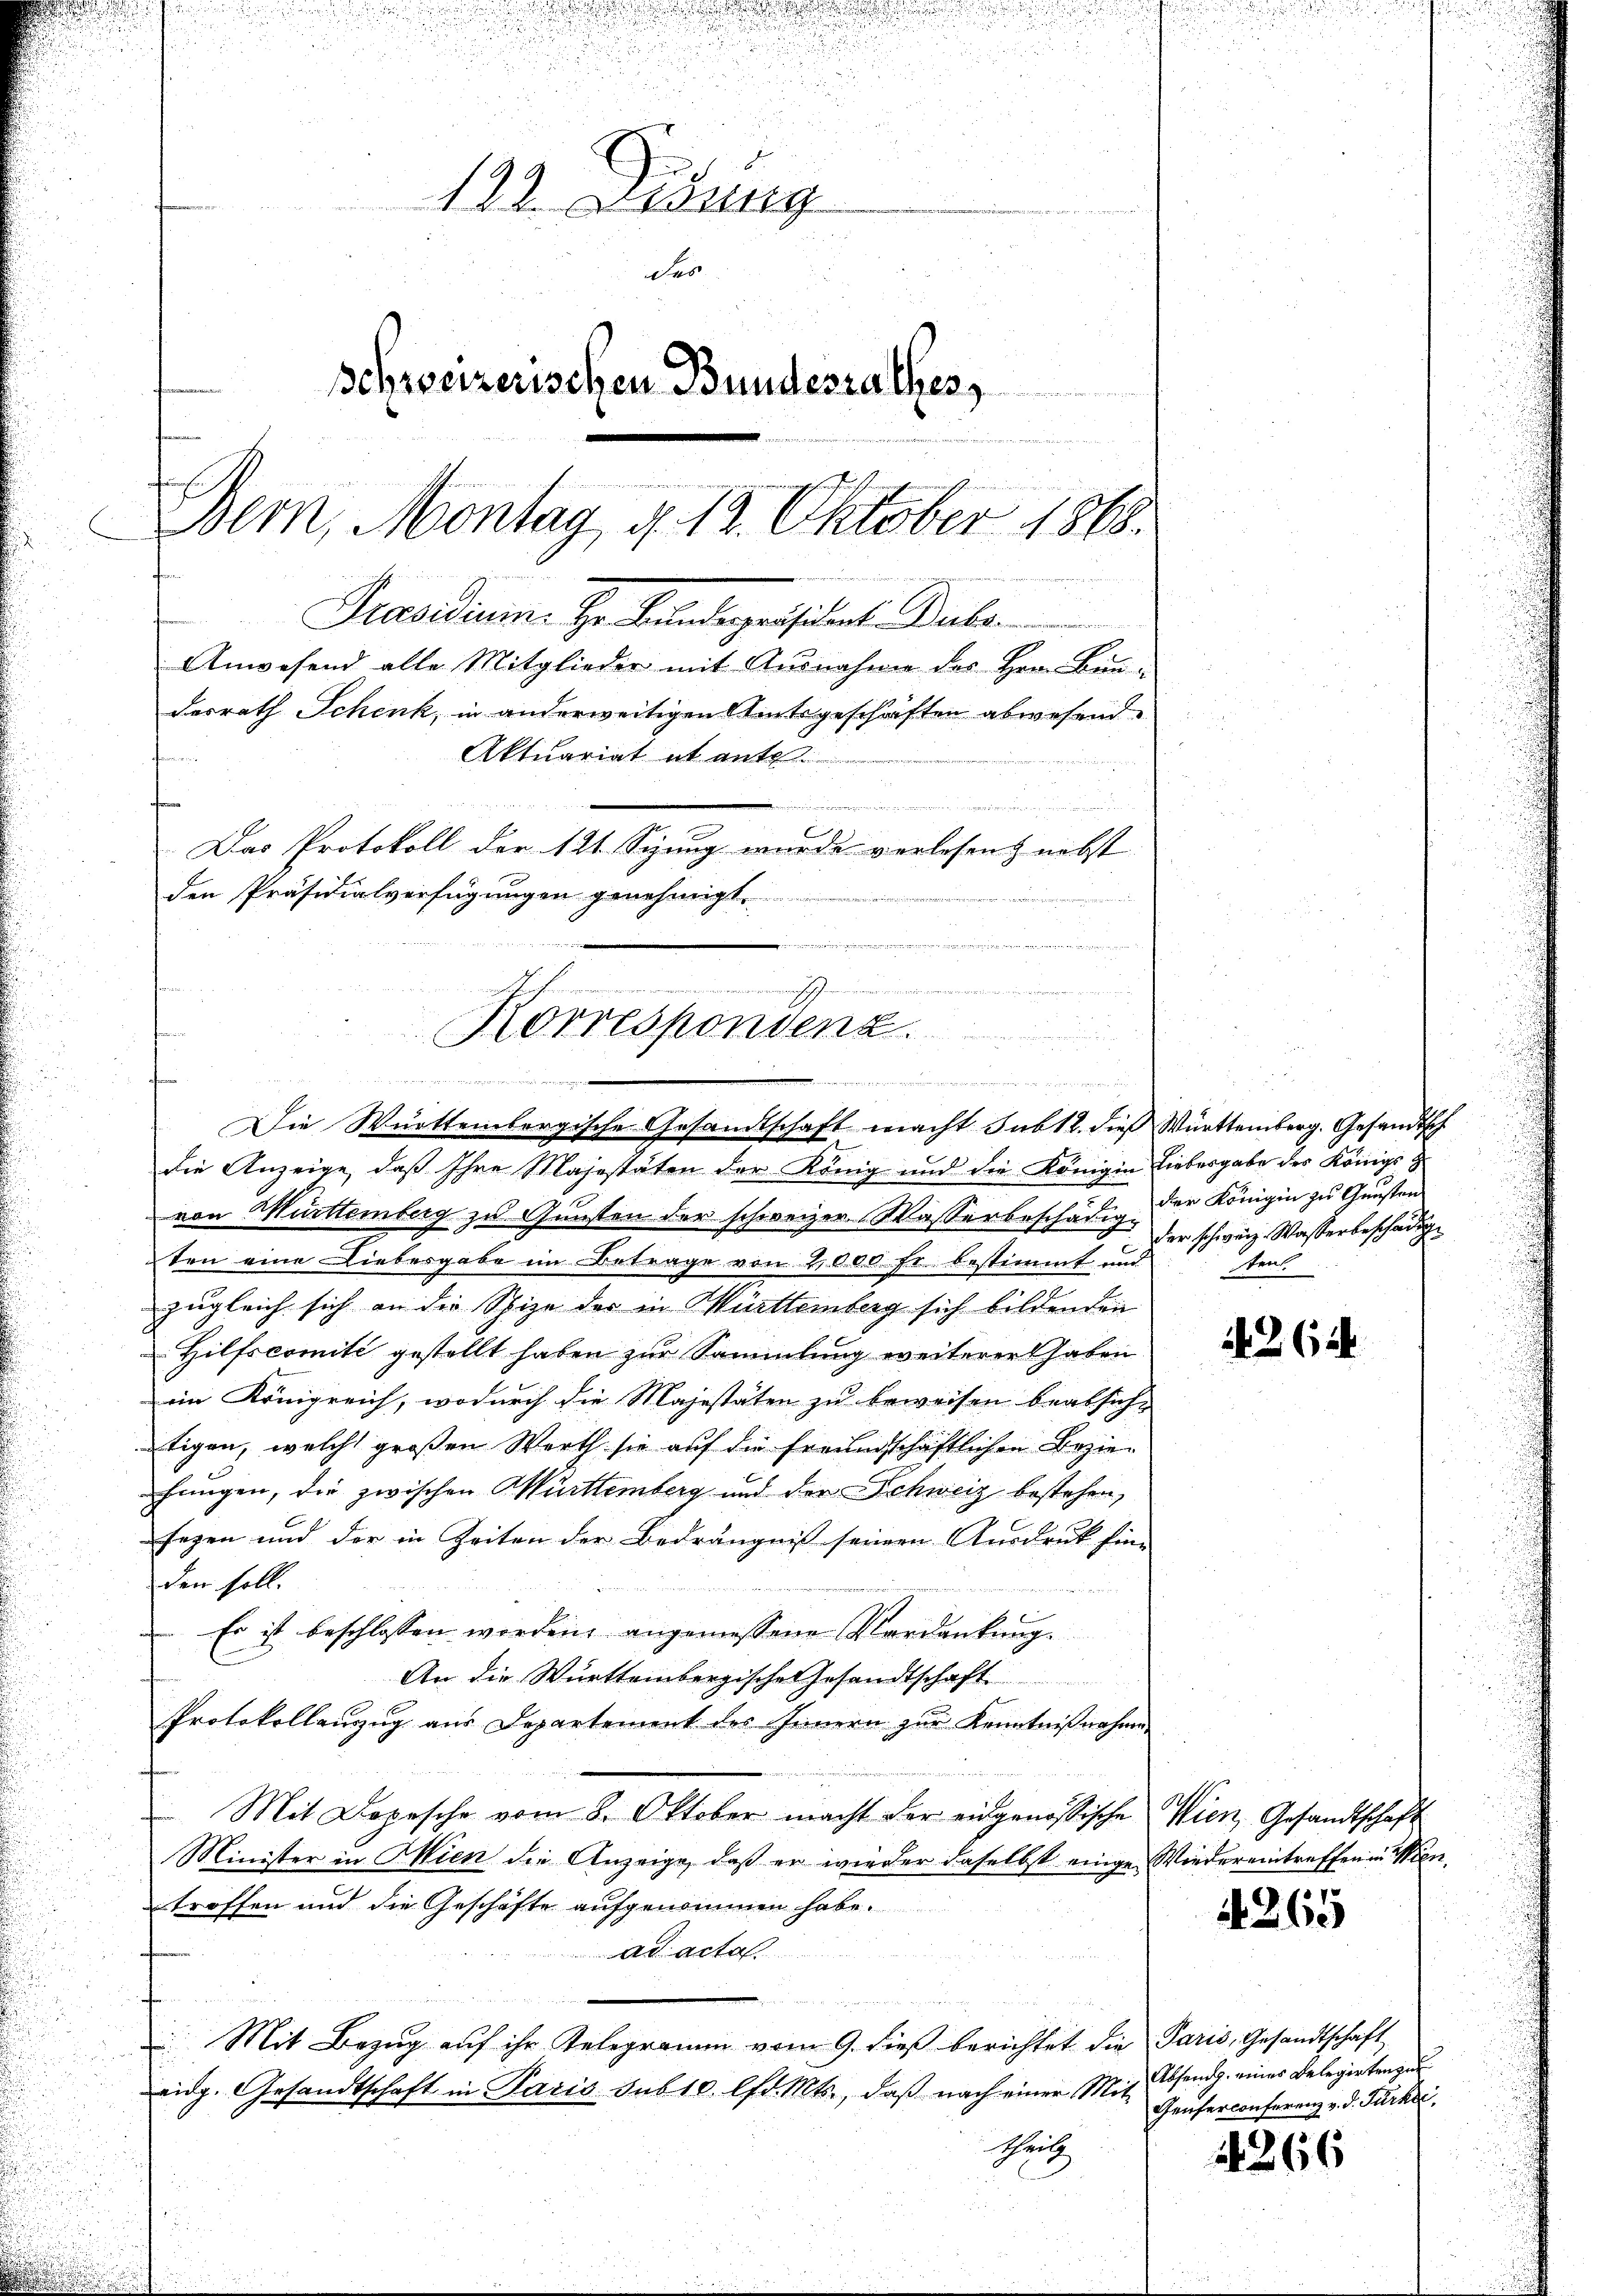
d
u
122. Ordung
d
schweizerischen Bundesrathes,
Bem, Montag, d. 12. Oktober 1868.
Präsidium. Hr. Kandespräsident. Dubo
Anwesend alle Mitglieder mit Ausnahme des Hrn. Bau-
desrath Schenk, in anderweitigen Amtsgeschäften abwesend.
Aktuariat et ant
e
Das Protokoll der 121. Sizung wurde verlesen, nebst |
den Präsidialverfügungen genehmigt.

wie den einen
iiter
Korrespondenz.
 einen nannte einer

Die Württembergische Gesandtschaft macht sub 12. dieß Württemberg. Gesandtsch

die Anzeige, daß Ihre Majestäten der König und die Kom-
von Murttemberg zu Gunsten der schweizer. Wasserbeschädige der schweiz. Wasserbeschädig
ten eine Liebesgabe im Betrage von 1000 fr bestimmt und
zugleich sich an die Schize der in Württemberg sich bildenden
Hilfscomité gestellt haben zur Sammlung weiterer haben
im Königreich, wodurch die Majestäten zu beweisen beabsich,
tigen, welche großen Werth sie auf die freundschaftlichen Beziehungen, die zwischen Württemberg und der Schweiz bestehen,
sagen und der in Zeiten der Bedrängniß seinen Ausdruck hin-
den soll.

 Es ist beschlossen worden, angemessene Verdankung.
An die Württembergische Gesandtschaft
Protokollanzug aus Departement des Innern zur Kenntnißnahme
Mit Depesche vom 8. Oktober macht der eingenössische Wien, Gesandtschaft
Minister in Wien die Anzeige, daß er wieder daselbst einge Wiedereintreffen in Wientroffen und die Geschäfte aufgenommen habe.
ad acto
 Mit Bezug auf ihr Telegramm vom 9. dieβ berichtet die Paris, Gesandtschaft
eidg. Gesandtschaft in Paris sub 10. lfd. Mts., daβ nach einer Mit-
Gitz

ein Liebesgabe des Königs z
der Königin zu Gunsten
sent

12 (12

4265

Absend eines Belegirtenge
Geuserconferenz v. d. Fürke

2266